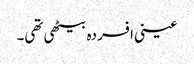
عینی افسردہ بیٹھی تھی۔